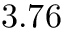
3 . 7 6